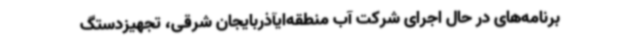
برنامه‌های در حال اجرای شرکت آب منطقه‌ایآذربایجان شرقی، تجهیزدستگ